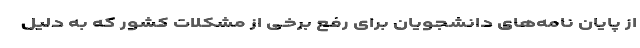
از پایان نامه‌های دانشجویان برای رفع برخی از مشکلات کشور که به دلیل